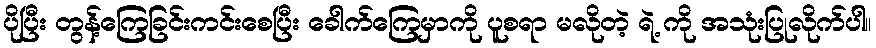
ပိုပြီး တွန့်ကြေခြင်းကင်းစေပြီး ခေါက်ကြေမှာကို ပူစရာ မလိုတဲ့ ရဲ့ ကို အသုံးပြုလိုက်ပါ။